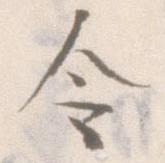
令